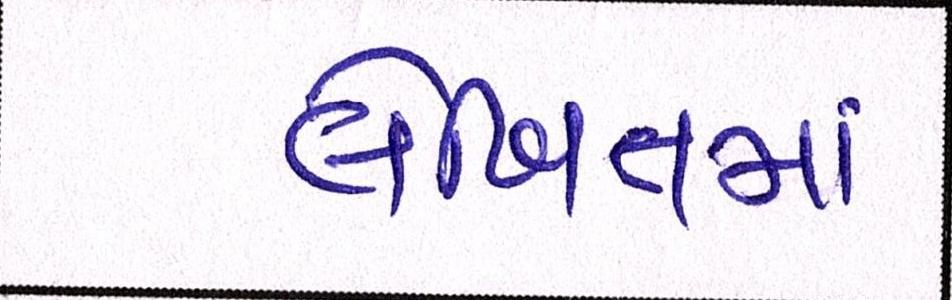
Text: લેખિતમાં